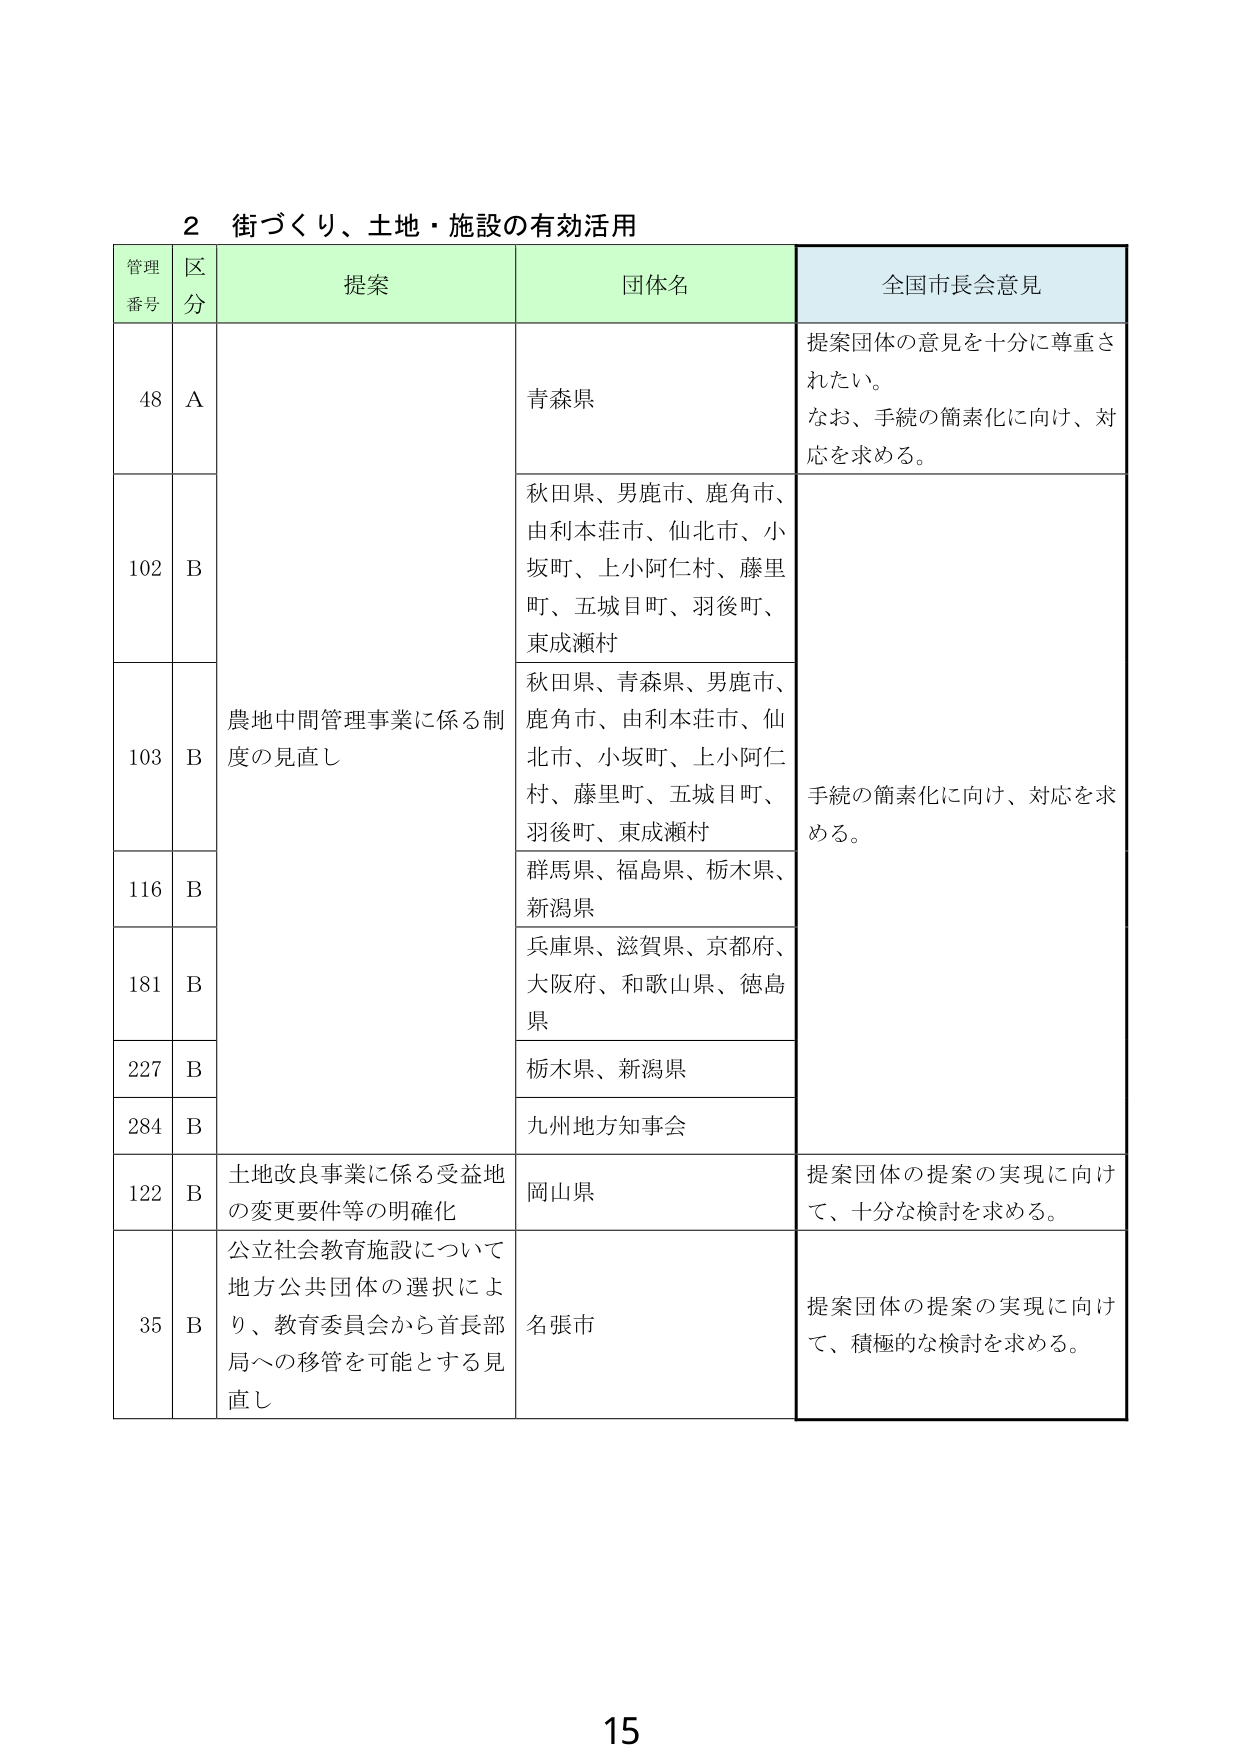
2 街づくり、土地・施設の有効活用

管理番号 区分 提案 団体名 全国市長会意見

48 A 青森県 提案団体の意見を十分に尊重されたい。なお、手続の簡素化に向け、対応を求める。

102 B 農地中間管理事業に係る制度の見直し 秋田県、男鹿市、鹿角市、由利本荘市、仙北市、小坂町、上小阿仁村、藤里町、五城目町、羽後町、東成瀬村 手続の簡素化に向け、対応を求める。

103 B 秋田県、青森県、男鹿市、鹿角市、由利本荘市、仙北市、小坂町、上小阿仁村、藤里町、五城目町、羽後町、東成瀬村

116 B 群馬県、福島県、栃木県、新潟県

181 B 兵庫県、滋賀県、京都府、大阪府、和歌山県、徳島県

227 B 栃木県、新潟県

284 B 九州地方知事会

122 B 土地改良事業に係る受益地の変更要件等の明確化 岡山県 提案団体の提案の実現に向けて、十分な検討を求める。

35 B 公立社会教育施設について地方公共団体の選択により、教育委員会から首長部局への移管を可能とする見直し 名張市 提案団体の提案の実現に向けて、積極的な検討を求める。

15